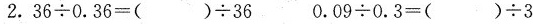
2.$$3 6 \div 0 . 3 6 = ( ) \div 3 6$$ $$0 . 0 9 \div 0 . 3 = ( ) \div 3$$